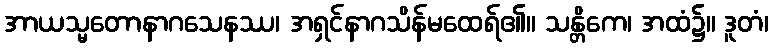
အာယသ္မတောနာဂသေနဿ၊ အရှင်နာဂသိန်မထေရ်၏။ သန္တိကေ၊ အထံ၌။ ဒူတံ၊